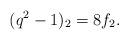
LaTeX: \begin{align*}(q^2-1)_2=8f_2.\end{align*}